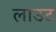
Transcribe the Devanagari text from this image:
लाउट